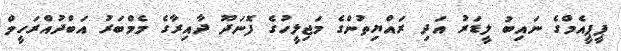
ޕީޕީއެމްގެ ނައިބު ލީޑަރު އަދި ރައްޔިތުންގެ މަޖިލީހުގެ ފޮނަދޫ ދާއިރާގެ މެމްބަރު އަބްދުއްރަހީމް